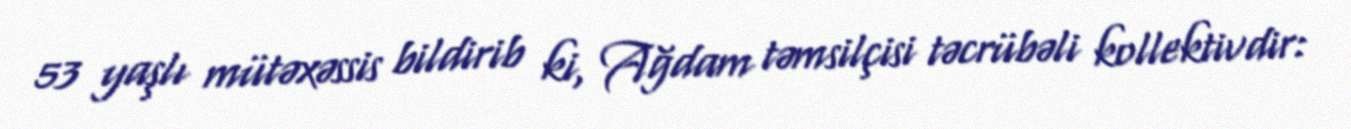
53 yaşlı mütəxəssis bildirib ki, Ağdam təmsilçisi təcrübəli kollektivdir: